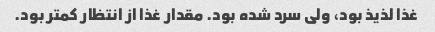
غذا لذیذ بود، ولی سرد شده بود. مقدار غذا از انتظار کمتر بود.